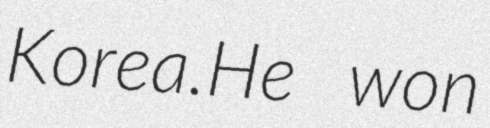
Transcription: Korea.He won